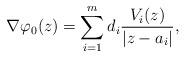
LaTeX: \begin{align*} \nabla \varphi_{0}(z)=\sum_{i=1}^{m}d_{i}\frac{V_{i}(z)}{\left|z-a_{i}\right|},\end{align*}